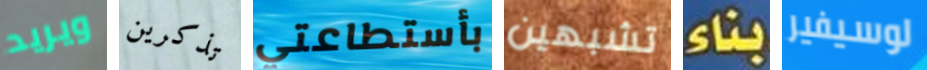
ويريد تذكرين بأستطاعتي تشبهين بناء لوسيفير